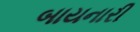
બાયનારી